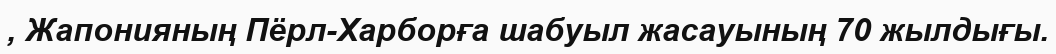
, Жапонияның Пёрл-Харборға шабуыл жасауының 70 жылдығы.